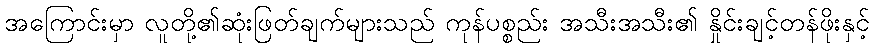
အကြောင်းမှာ လူတို့၏ဆုံးဖြတ်ချက်များသည် ကုန်ပစ္စည်း အသီးအသီး၏ နှိုင်းချင့်တန်ဖိုးနှင့်